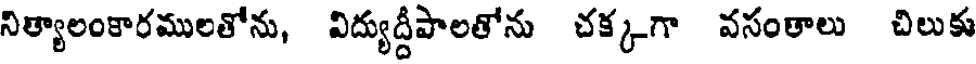
నిత్యాలంకారములతోను, విద్యుద్దీపాలతోను చక్కగా వసంతాలు చిలుకు